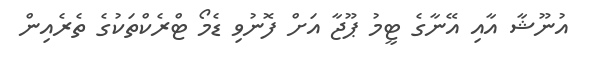
އުނޫޝާ އާއި އޭނާގެ ޓީމު ޕޫޖާ އަށް ފޮނުވި ޑެމޯ ޓްރެކްތަކުގެ ތެރެއިން